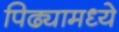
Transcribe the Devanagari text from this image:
पिढ्यामध्ये